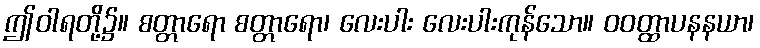
ဤဝါရတို့၌။ စတ္တာရော စတ္တာရော၊ လေးပါး လေးပါးကုန်သော။ ဝဝတ္ထာပနနယာ၊